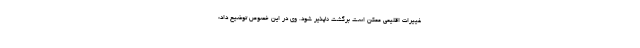
غییرات اقلیمی ممکن است برگشت ناپذیر شود. وی در این خصوص توضیح داد: